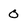
Character: O